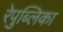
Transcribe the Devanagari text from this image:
रेपुब्लिका